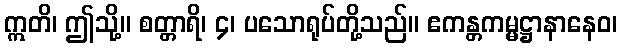
ဣတိ၊ ဤသို့။ စတ္တာရိ၊ ၄၊ ပသောရုပ်တို့သည်။ ဧကန္တကမ္မဋ္ဌာနာနေဝ၊